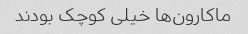
ماکارون‌ها خیلی کوچک بودند